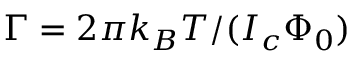
\Gamma = 2 \pi k _ { B } T / ( I _ { c } \Phi _ { 0 } )